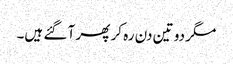
مگر دو تین دن رہ کر پھر آ گئے ہیں۔